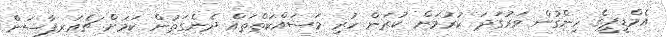
އެމްޑީޕީގެ ހިންގުން ވަރުގަދަ ކުރުމަށް ކުރަން ހުރި މަސައްކަތްތައް ދެނެގަތުން ކަމަށް ޗެއަރޕާސަން